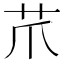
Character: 𦬔